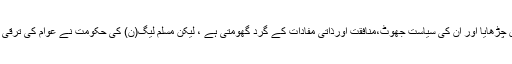
انہوں نے کہا کہ نیازی صاحب نے سیاست میں گالم گلوچ اورناشائستگی کے کلچر کو پروان چڑھایا اور ان کی سیاست جھوٹ،منافقت اورذاتی مفادات کے گرد گھومتی ہے ، لیکن مسلم لیگ(ن) کی حکومت نے عوام کی ترقی اورخوشحالی کو ہمیشہ مقدم رکھا ہے اور ہماری سیاست شائستگی اوراقدار کی سیاست ہے ۔